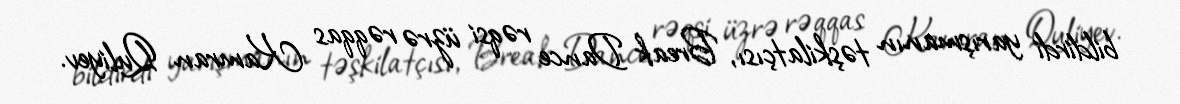
bildirdi yarışmanın təşkilatçısı, Break Dance rəqsi üzrə rəqqas Kamran Quliyev.